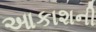
આકાશની